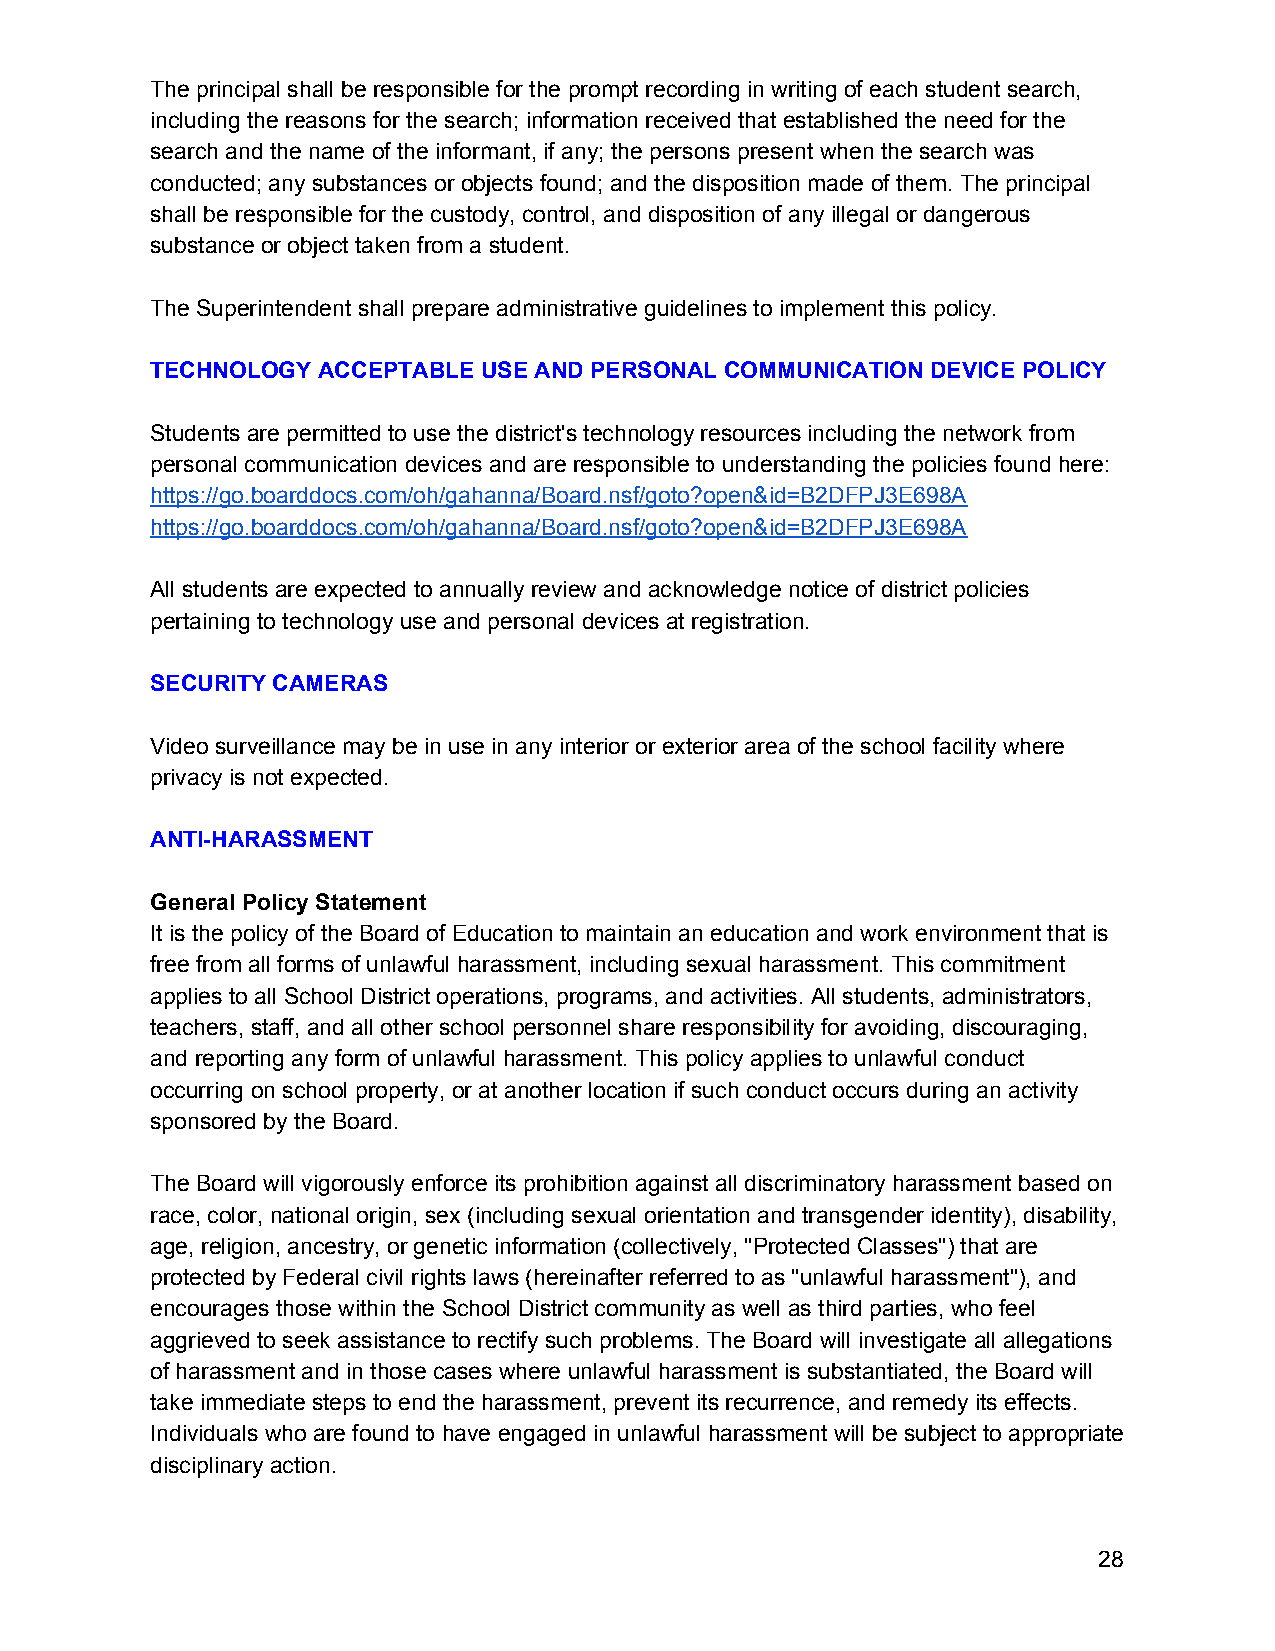
The principal shall be responsible for the prompt recording in writing of each student search,
 including the reasons for the search; information received that established the need for the
 search and the name of the informant, if any; the persons present when the search was
 conducted; any substances or objects found; and the disposition made of them. The principal
 shall be responsible for the custody, control, and disposition of any illegal or dangerous
 substance or object taken from a student.
 The Superintendent shall prepare administrative guidelines to implement this policy.
 TECHNOLOGY ACCEPTABLE USE AND PERSONAL COMMUNICATION DEVICE POLICY
 Students are permitted to use the district's technology resources including the network from
 personal communication devices and are responsible to understanding the policies found here:
 https://go.boarddocs.com/oh/gahanna/Board.nsf/goto?open&id=B2DFPJ3E698A
 https://go.boarddocs.com/oh/gahanna/Board.nsf/goto?open&id=B2DFPJ3E698A
 All students are expected to annually review and acknowledge notice of district policies
 pertaining to technology use and personal devices at registration.
 SECURITY CAMERAS
 Video surveillance may be in use in any interior or exterior area of the school facility where
 privacy is not expected.
 ANTI-HARASSMENT
 General Policy Statement
 It is the policy of the Board of Education to maintain an education and work environment that is
 free from all forms of unlawful harassment, including sexual harassment. This commitment
 applies to all School District operations, programs, and activities. All students, administrators,
 teachers, staff, and all other school personnel share responsibility for avoiding, discouraging,
 and reporting any form of unlawful harassment. This policy applies to unlawful conduct
 occurring on school property, or at another location if such conduct occurs during an activity
 sponsored by the Board.
 The Board will vigorously enforce its prohibition against all discriminatory harassment based on
 race, color, national origin, sex (including sexual orientation and transgender identity), disability,
 age, religion, ancestry, or genetic information (collectively, "Protected Classes") that are
 protected by Federal civil rights laws (hereinafter referred to as "unlawful harassment"), and
 encourages those within the School District community as well as third parties, who feel
 aggrieved to seek assistance to rectify such problems. The Board will investigate all allegations
 of harassment and in those cases where unlawful harassment is substantiated, the Board will
 take immediate steps to end the harassment, prevent its recurrence, and remedy its effects.
 Individuals who are found to have engaged in unlawful harassment will be subject to appropriate
 disciplinary action.
 28